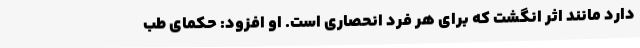
دارد مانند اثر انگشت که برای هر فرد انحصاری است. او افزود: حکمای طب